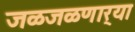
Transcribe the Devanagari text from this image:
जळजळणार्‍या